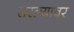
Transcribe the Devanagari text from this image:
सरल्यावर